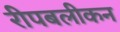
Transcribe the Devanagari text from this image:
रीपबलीकन